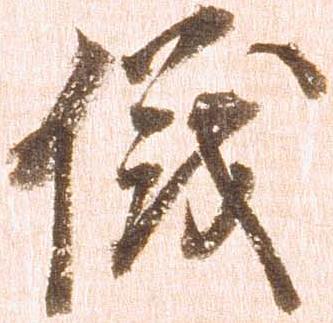
儀